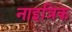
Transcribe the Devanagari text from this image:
नाइत्रिक